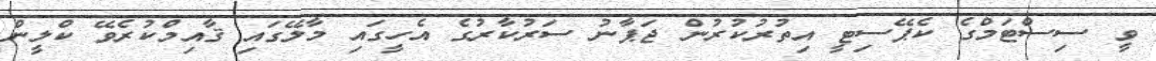
ވީ ސިސްޓަމްގެ ކެޕޭސިޓީ އިތުރުކުރުން ޖަޕާނު ސަރުކާރުގެ އެހީގައި މާލޭގައި ޤާއިމްކުރެވޭ ކްލީން